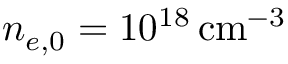
n _ { e , 0 } = 1 0 ^ { 1 8 } \, \mathrm { c m } ^ { - 3 }